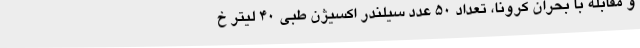
و مقابله با بحران کرونا، تعداد 50 عدد سیلندر اکسیژن طبی 40 لیتر خ